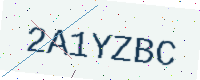
Text: 2A1YZBC